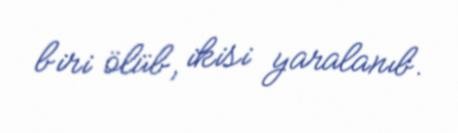
biri ölüb, ikisi yaralanıb.